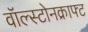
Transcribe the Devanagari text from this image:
वॉल्स्टोनक्राफ्ट